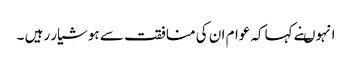
انہوںنے کہاکہ عوام ان کی منافقت سے ہوشیار رہیں ۔